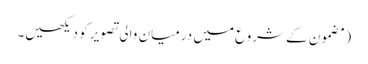
‏ (‏مضمون کے شروع میں درمیان والی تصویر کو دیکھیں۔